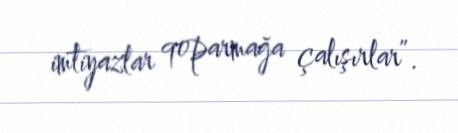
imtiyazlar qoparmağa çalışırlar”.